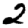
Digit: 2